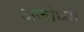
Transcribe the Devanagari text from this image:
अजोध्या